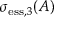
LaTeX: \sigma _ { \mathrm { e s s } , 3 } ( A )